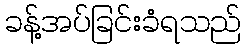
ခန့်အပ်ခြင်းခံရသည်